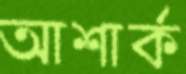
আশার্ক